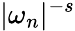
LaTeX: \vert\omega_{n}\vert^{-s}